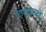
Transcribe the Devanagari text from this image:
उपाध्य्क्ष